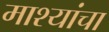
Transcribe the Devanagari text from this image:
माश्यांचा